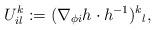
LaTeX: \begin{align*}U_{il}^k:=(\nabla_{\phi i}h \cdot h^{-1})^k{}_l,\end{align*}